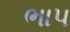
ભાપ